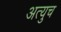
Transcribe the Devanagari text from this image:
अत्युच